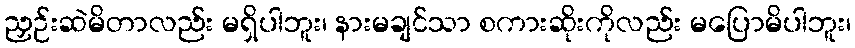
ညှဉ်းဆဲမိတာလည်း မရှိပါဘူး၊ နားမချင်သာ စကားဆိုးကိုလည်း မပြောမိပါဘူး၊